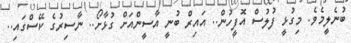
ބުނެލީމެވެ. މިގުޅީ ފުލުސް އޮފީހުން.. އައިރް ބުނީ އާސީންއަށް ގުޅާށޯ.. ނާސިރުގެ ކޭސްގައި..